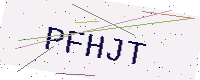
Text: PFHJT